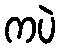
ကပဲ